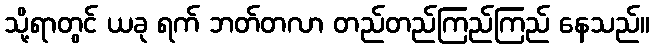
သို့ရာတွင် ယခု ရက် ဘတ်တလာ တည်တည်ကြည်ကြည် နေသည်။